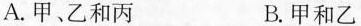
A.甲、乙和丙 B.甲和乙